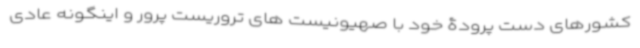
کشورهای دست پرودۀ خود با صهیونیست های تروریست پرور و اینگونه عادی